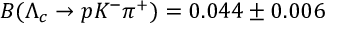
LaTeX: B ( \Lambda _ { c } \rightarrow p K ^ { - } \pi ^ { + } ) = 0 . 0 4 4 \pm 0 . 0 0 6